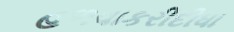
હળવાકરીદીધા